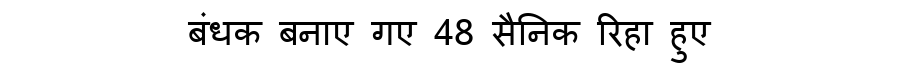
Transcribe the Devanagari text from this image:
बंधक बनाए गए 48 सैनिक रिहा हुए